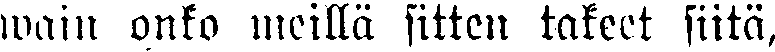
wain onko meillä sitten takeet siitä,